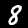
Digit: 8